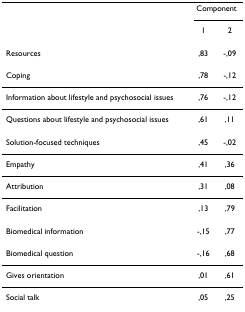
|  | <COLSPAN=2> Component |
 |  | 1 | 2 |
 | --- | --- | --- |
 | Resources | ,83 | -,09 |
 | Coping | ,78 | -,12 |
 | Information about lifestyle and psychosocial issues | ,76 | -,12 |
 | Questions about lifestyle and psychosocial issues | ,61 | ,11 |
 | Solution-focused techniques | ,45 | -,02 |
 | Empathy | ,41 | ,36 |
 | Attribution | ,31 | ,08 |
 | Facilitation | ,13 | ,79 |
 | Biomedical information | -,15 | ,77 |
 | Biomedical question | -,16 | ,68 |
 | Gives orientation | ,01 | ,61 |
 | Social talk | ,05 | ,25 |